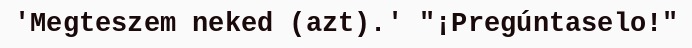
'Megteszem neked (azt).' "¡Pregúntaselo!"